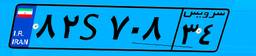
۵۱S۰۰۲۸۵